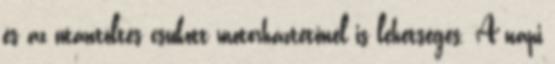
és az utántöltés csukott motorháztetőnél is lehetséges. A napi